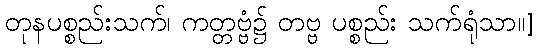
တုနပစ္စည်းသက်၊ ကတ္တဗ္ဗံ၌ တဗ္ဗ ပစ္စည်း သက်ရုံသာ။]